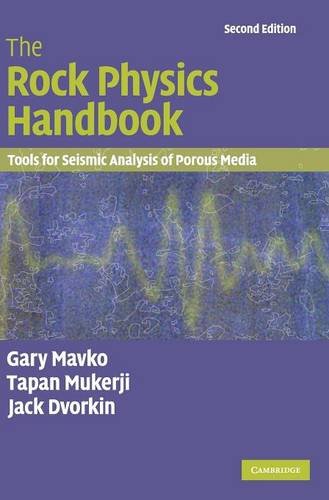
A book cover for The Rock Physics Handbook: Tools for Seismic Analysis of Porous Media; Gary Mavko; Science & Math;